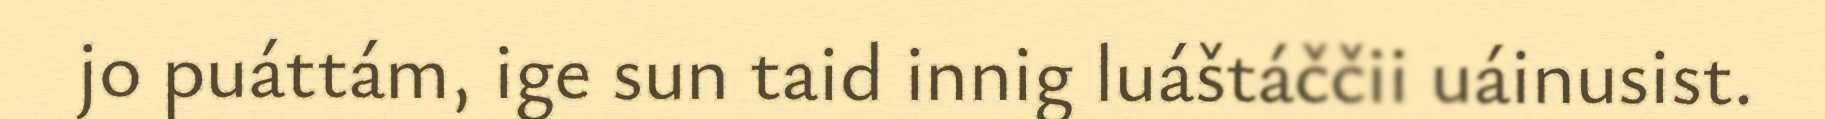
jo puáttám, ige sun taid innig luáštáččii uáinusist.